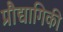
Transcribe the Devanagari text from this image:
प्रौद्यागिकी